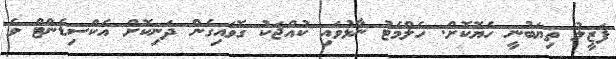
ފަޒީލު ތިޔަބުނީ ހެޔޮކޮށް. ހެލްމެޓު ނާޅުވައި ކުއްޖަކު ގޮވައިގެން ދަނިކޮށް އެކްސިޑެންޓް ވެ